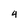
Character: 4